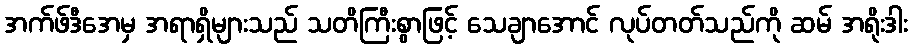
အက်ဖ်ဒီအေမှ အရာရှိများသည် သတိကြီးစွာဖြင့် သေချာအောင် လုပ်တတ်သည်ကို ဆမ် အရိုးဒါး